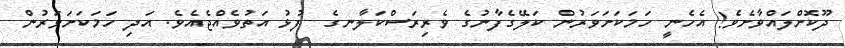
ދޫކޮށްލައްވާށެވެ! އެހެނީ ހަމަކަށަވަރުން ކަލޭގެފާނުގެ ވެރިރަސްކަލާނގެ  ފުޅު އަތުވެއްޖެއެވެ. އަދި ހަމަކަށަވަރުން